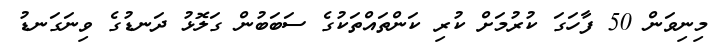
މިނިވަން 50 ފާހަގަ ކުރުމަށް ކުރި ކަންތައްތަކުގެ ސަބަބުން ގަލޮޅު ދަނޑުގެ ވިނަގަނޑު